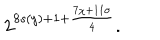
2 ^ { 8 s ( y ) + 1 + \frac { 7 \chi + 1 1 \sigma } { 4 } } .